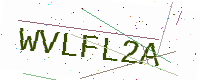
Text: WVLFL2A